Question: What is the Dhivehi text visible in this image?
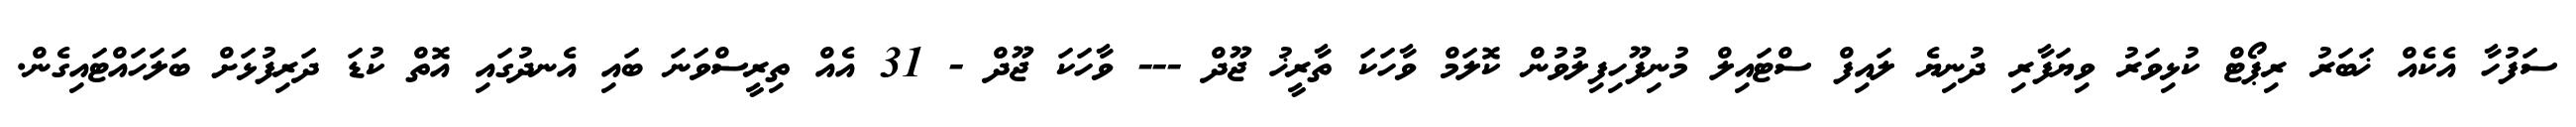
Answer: ސަފުހާ އެކެއް ޚަބަރު ރިޕޯޓް ކުޅިވަރު ވިޔަފާރި ދުނިޔެ ލައިފް ސްޓައިލް މުނިފޫހިފިލުވުން ކޮލަމް ވާހަކަ ތާރީޚު ޖޫދް --- ވާހަކަ ޖޫދް - 31 އެއް ތިރީސްވަނަ ބައި އެނދުގައި އޮތް ކުޑަ ދަރިފުޅަށް ބަލަހައްޓައިގެން.